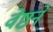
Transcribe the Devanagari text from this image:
वेष्ठनें